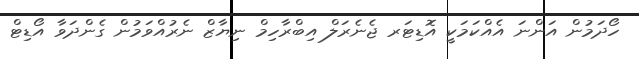
ހޯދަމުން އަންނަ އެއްކަމަކީ އޮޑިޓަރ ޖެނެރަލް އިބްރާހިމް ނިޔާޒް ނެރުއްވަމުން ގެންދަވާ އޯޑިޓް